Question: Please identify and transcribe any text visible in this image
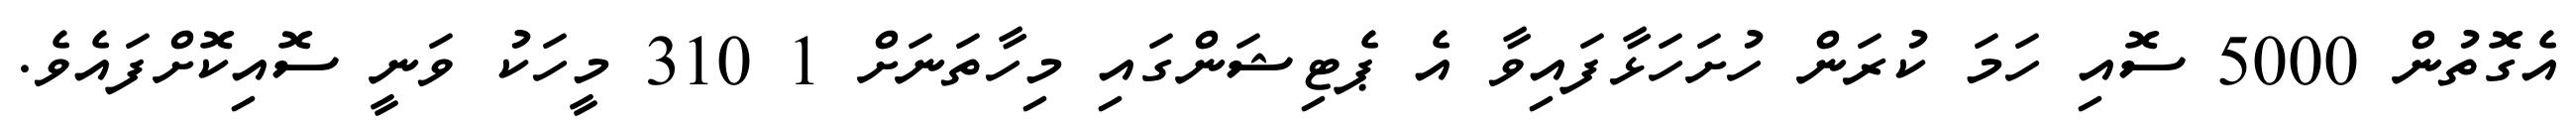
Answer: އެގޮތުން 5000 ސޮއި ހަމަ ކުރަން ހުށަހަޅާފައިވާ އެ ޕެޓިޝަންގައި މިހާތަނަށް 1 310 މީހަކު ވަނީ ސޮއިކޮށްފައެވެ.